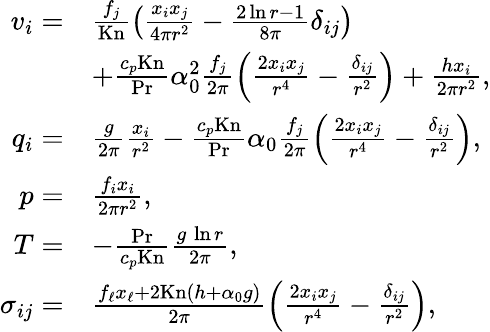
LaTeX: \begin{array}{rl}{v_{i}=}&{\frac{f_{j}}{\mathrm{Kn}}\left(\frac{x_{i}x_{j}}{4\pi r^{2}}-\frac{2\ln{r}-1}{8\pi}\delta_{ij}\right)}\\ &{+\frac{c_{p}\mathrm{Kn}}{\mathrm{Pr}}\alpha_{0}^{2}\frac{f_{j}}{2\pi}\left(\frac{2x_{i}x_{j}}{r^{4}}-\frac{\delta_{ij}}{r^{2}}\right)+\frac{hx_{i}}{2\pi r^{2}},}\\ {q_{i}=}&{\frac{g}{2\pi}\frac{x_{i}}{r^{2}}-\frac{c_{p}\mathrm{Kn}}{\mathrm{Pr}}\alpha_{0}\frac{f_{j}}{2\pi}\left(\frac{2x_{i}x_{j}}{r^{4}}-\frac{\delta_{ij}}{r^{2}}\right),}\\ {p=}&{\frac{f_{i}x_{i}}{2\pi r^{2}},}\\ {T=}&{-\frac{\mathrm{Pr}}{c_{p}\mathrm{Kn}}\frac{g\, \ln{r}}{2\pi},}\\ {\sigma_{ij}=}&{\frac{f_{\ell}x_{\ell}+2\mathrm{Kn}(h+\alpha_{0}g)}{2\pi}\left(\frac{2x_{i}x_{j}}{r^{4}}-\frac{\delta_{ij}}{r^{2}}\right),}\end{array}